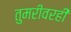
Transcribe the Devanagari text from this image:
तुमरीवरही